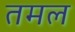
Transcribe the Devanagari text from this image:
तमल